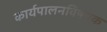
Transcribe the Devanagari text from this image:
कार्यपालनविषयक